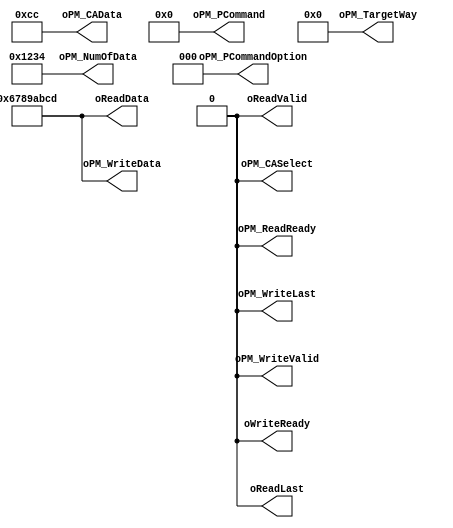
//////////////////////////////////////////////////////////////////////////////////
// NPCG_Toggle_bCMD_IDLE for Cosmos OpenSSD
// Copyright (c) 2015 Hanyang University ENC Lab.
// Contributed by Ilyong Jung <iyjung@enc.hanyang.ac.kr>
//                Yong Ho Song <yhsong@enc.hanyang.ac.kr>
//
// This file is part of Cosmos OpenSSD.
//
// Cosmos OpenSSD is free software; you can redistribute it and/or modify
// it under the terms of the GNU General Public License as published by
// the Free Software Foundation; either version 3, or (at your option)
// any later version.
//
// Cosmos OpenSSD is distributed in the hope that it will be useful,
// but WITHOUT ANY WARRANTY; without even the implied warranty of
// MERCHANTABILITY or FITNESS FOR A PARTICULAR PURPOSE.
// See the GNU General Public License for more details.
//
// You should have received a copy of the GNU General Public License
// along with Cosmos OpenSSD; see the file COPYING.
// If not, see <http://www.gnu.org/licenses/>. 
//////////////////////////////////////////////////////////////////////////////////

//////////////////////////////////////////////////////////////////////////////////
// Company: ENC Lab. <http://enc.hanyang.ac.kr>
// 
// Project Name: Cosmos OpenSSD
// Design Name: NPCG_Toggle_bCMD_IDLE
// Module Name: NPCG_Toggle_bCMD_IDLE
//
// Version: v1.0.0
//
// Description: Idle execution FSM
//
//////////////////////////////////////////////////////////////////////////////////

//////////////////////////////////////////////////////////////////////////////////
// Revision History:
//
// * v1.0.0
//   - first draft
//////////////////////////////////////////////////////////////////////////////////
`timescale 1ns / 1ps

module NPCG_Toggle_bCMD_IDLE
#
(
    parameter NumberOfWays    =   4
)
(
    oWriteReady             ,
    oReadData               ,
    oReadLast               ,
    oReadValid              ,
    oPM_PCommand            ,
    oPM_PCommandOption      ,
    oPM_TargetWay           ,
    oPM_NumOfData           ,
    oPM_CASelect            ,
    oPM_CAData              ,
    oPM_WriteData           ,
    oPM_WriteLast           ,
    oPM_WriteValid          ,
    oPM_ReadReady           
);
    output                          oWriteReady             ;
    output  [31:0]                  oReadData               ;
    output                          oReadLast               ;
    output                          oReadValid              ;
    output  [7:0]                   oPM_PCommand            ;
    output  [2:0]                   oPM_PCommandOption      ;
    output  [NumberOfWays - 1:0]    oPM_TargetWay           ;
    output  [15:0]                  oPM_NumOfData           ;
    output                          oPM_CASelect            ;
    output  [7:0]                   oPM_CAData              ;
    output  [31:0]                  oPM_WriteData           ;
    output                          oPM_WriteLast           ;
    output                          oPM_WriteValid          ;
    output                          oPM_ReadReady           ;
    
    // Output
    // Dispatcher Interface
    //  - Data Write Channel
    assign oWriteReady = 1'b0;
    
    //  - Data Read Channel
    assign oReadData[31:0] = 32'h6789_ABCD;
    assign oReadLast = 1'b0;
    assign oReadValid = 1'b0;
    
    // NPCG_Toggle Interface
    assign oPM_PCommand[7:0] = 8'b0000_0000;
    assign oPM_PCommandOption[2:0] = 3'b000;
    assign oPM_TargetWay[NumberOfWays - 1:0] = 4'b0000;
    assign oPM_NumOfData[15:0] = 16'h1234;
    
    assign oPM_CASelect = 1'b0;
    assign oPM_CAData[7:0] = 8'hCC;
    
    assign oPM_WriteData[31:0] = 32'h6789_ABCD;
    assign oPM_WriteLast = 1'b0;
    assign oPM_WriteValid = 1'b0;
    
    assign oPM_ReadReady = 1'b0;
    
endmodule